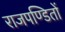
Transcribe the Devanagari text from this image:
राजपण्डितों